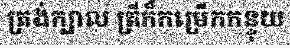
ត្រង់ក្បាល ត្រីក៏កម្រើកកន្ទុយ